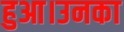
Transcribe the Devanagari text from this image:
हुआ।उनका